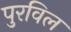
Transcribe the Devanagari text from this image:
पुरविल